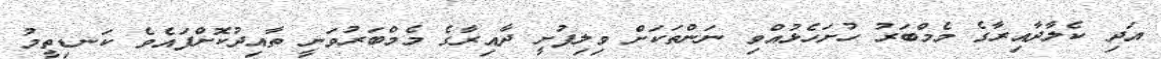
އަދި ކެލާދާއިރާގެ މެމްބަރު ހުށަހެޅުއްވި ނަންތަކަށް ވިލިފުށީ ދާއިރާގެ މެމްބަރުވަނީ ތާއިދުކޮށްފައެވެ ކަނޑިތީމު